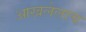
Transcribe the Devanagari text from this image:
आखलेलाच